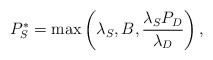
\begin{align*}P_{S}^{*} = \max \left(\lambda_{S}, B_{}, \frac{\lambda_SP_{D}}{\lambda_D} \right),\end{align*}